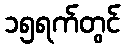
၁၅ရက်တွင်